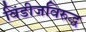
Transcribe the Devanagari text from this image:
विंडीजविरुद्ध